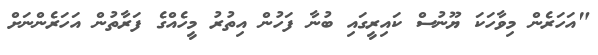
"އަހަރެން މިވާހަކަ ޔޫނުސް ކައިރީގައި ބުނާ ފަހުން އިތުރު މީހެއްގެ ފަރާތުން އަހަރެންނަށް